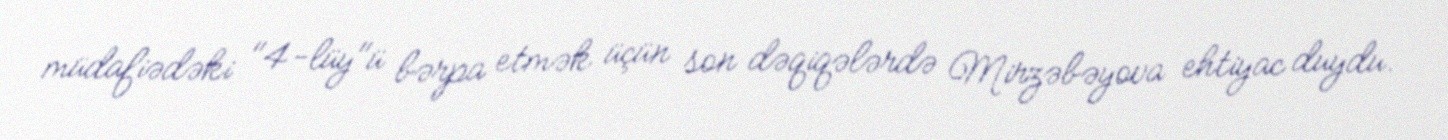
müdafiədəki "4-lüy"ü bərpa etmək üçün son dəqiqələrdə Mirzəbəyova ehtiyac duydu.